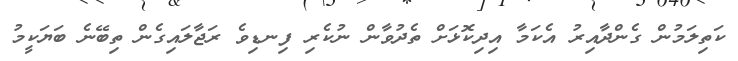
ކަތިލަމުން ގެންދާއިރު އެކަމާ އިދިކޮޅަށް ތެދުވާން ނުކެރި ފިނޑިވެ ރަޖާލައިގެން ތިބޭނެ ބަޔަކީމު